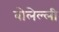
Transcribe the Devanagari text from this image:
बोलेल्ली